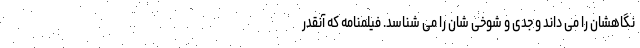
نگاهشان را می داند و جدی و شوخی شان را می شناسد. فیلمنامه که آنقدر